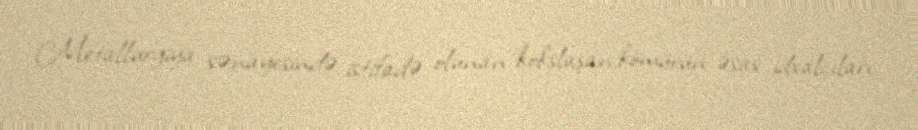
Metallurgiya sənayesində istifadə olunan kokslaşan kömürün əsas idxalçıları